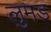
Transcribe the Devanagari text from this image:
लुमड